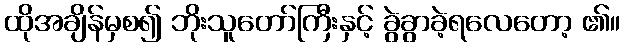
ထိုအချိန်မှစ၍ ဘိုးသူတော်ကြီးနှင့် ခွဲခွာခဲ့ရလေတော့ ၏။